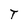
Character: T